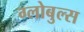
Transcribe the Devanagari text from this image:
ग्लोबुल्स